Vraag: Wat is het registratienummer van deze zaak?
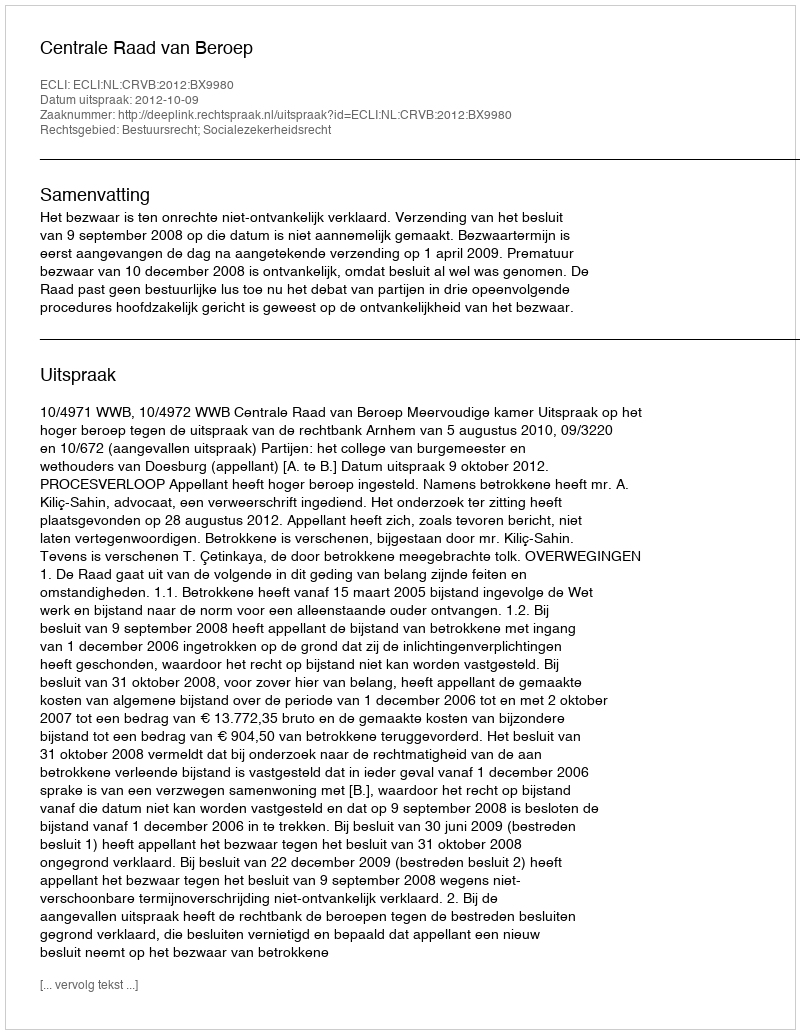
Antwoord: http://deeplink.rechtspraak.nl/uitspraak?id=ECLI:NL:CRVB:2012:BX9980